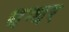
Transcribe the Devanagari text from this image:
धग्धर